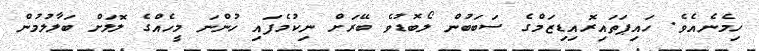
ހިމެނެއެވެ. ހައިޕަތައިރޮއިޑިޒަމްގެ ސަބަބުން ލޯބޮޑުވެ ބޭރަށް ނިކުމެފައި ހުންނަ މީހެއްގެ ލޮލަށް ބަލާލުމުން